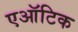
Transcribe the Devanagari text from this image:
एऑटिक